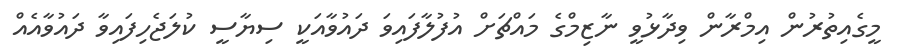
މީގެއިތުރުން އިމްރާން ވިދާޅުވީ ނާޒިމްގެ މައްޗަށް އުފުލާފައިވަ ދައުވާއަކީ ސިޔާސީ ކުލަޖެހިފައިވާ ދައުވާއެއް